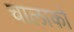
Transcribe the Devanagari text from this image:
चालाकों